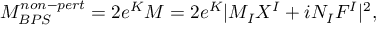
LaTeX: { \cal M } _ { B P S } ^ { n o n - p e r t } = 2 e ^ { K } { \cal M } = { 2 } e ^ { K } | M _ { I } X ^ { I } + i N _ { I } F ^ { I } | ^ { 2 } ,